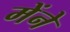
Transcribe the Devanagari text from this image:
मेंने